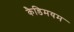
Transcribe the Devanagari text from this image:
कैडिमयम